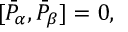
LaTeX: \lbrack \bar { { \cal P } } _ { \alpha } , \bar { { \cal P } } _ { \beta } ] = 0 ,